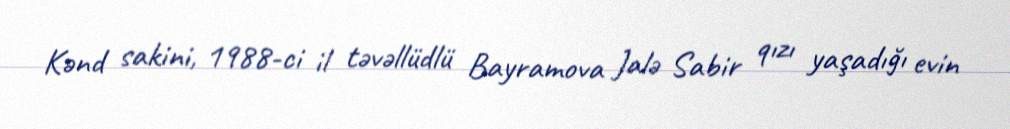
Kənd sakini, 1988-ci il təvəllüdlü Bayramova Jalə Sabir qızı yaşadığı evin